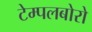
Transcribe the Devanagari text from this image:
टेम्पलबोरो